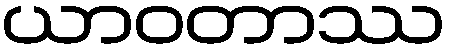
ယာဝတာဿ